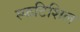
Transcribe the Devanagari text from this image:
स्फटिशिल